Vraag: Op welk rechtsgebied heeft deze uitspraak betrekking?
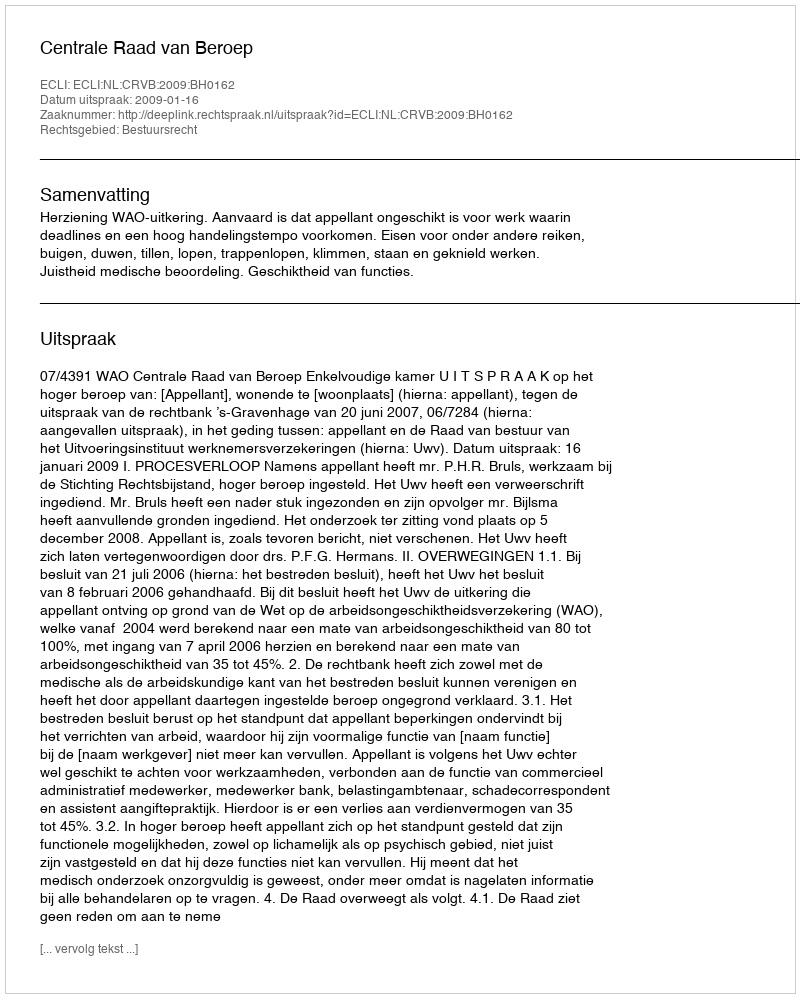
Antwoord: Bestuursrecht